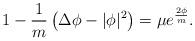
LaTeX: \begin{align*}1-\frac{1}{m}\left( \Delta\phi - |\phi|^2\right)= \mu e^{\frac{2\phi}{m}}.\end{align*}